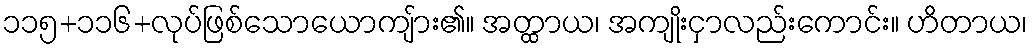
၁၁၅+၁၁၆+လုပ်ဖြစ်သောယောကျ်ား၏။ အတ္ထာယ၊ အကျိုးငှာလည်းကောင်း။ ဟိတာယ၊